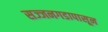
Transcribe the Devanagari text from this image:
सज्जनगडापासून